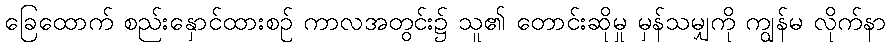
ခြေထောက် စည်းနှောင်ထားစဉ် ကာလအတွင်း၌ သူ၏ တောင်းဆိုမှု မှန်သမျှကို ကျွန်မ လိုက်နာ